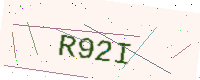
Text: R92I